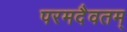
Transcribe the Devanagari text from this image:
परमदैवतम्